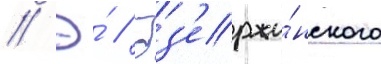
// Э́ // Дз'ержи́нского